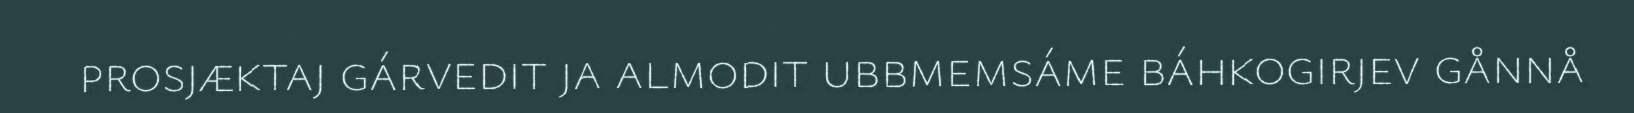
prosjæktaj gárvedit ja almodit ubbmemsáme báhkogirjev gånnå